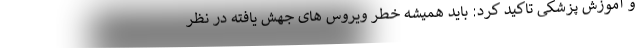
و آموزش پزشکی تاکید کرد: باید همیشه خطر ویروس های جهش یافته در نظر